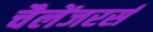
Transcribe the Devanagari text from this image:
चैलेंजरर्स